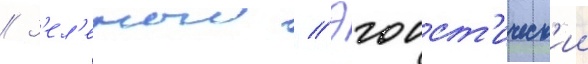
// З'ел'еныи // Эгоист'ическ'ии